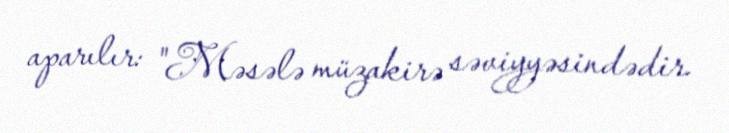
aparılır: "Məsələ müzakirə səviyyəsindədir.